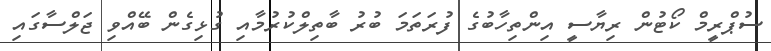
ސުޕްރީމް ކޯޓުން ރިޔާސީ އިންތިހާބުގެ ފުރަތަމަ ބުރު ބާތިލްކުރުމާއި ގުޅިގެން ބޭއްވި ޖަލްސާގައި